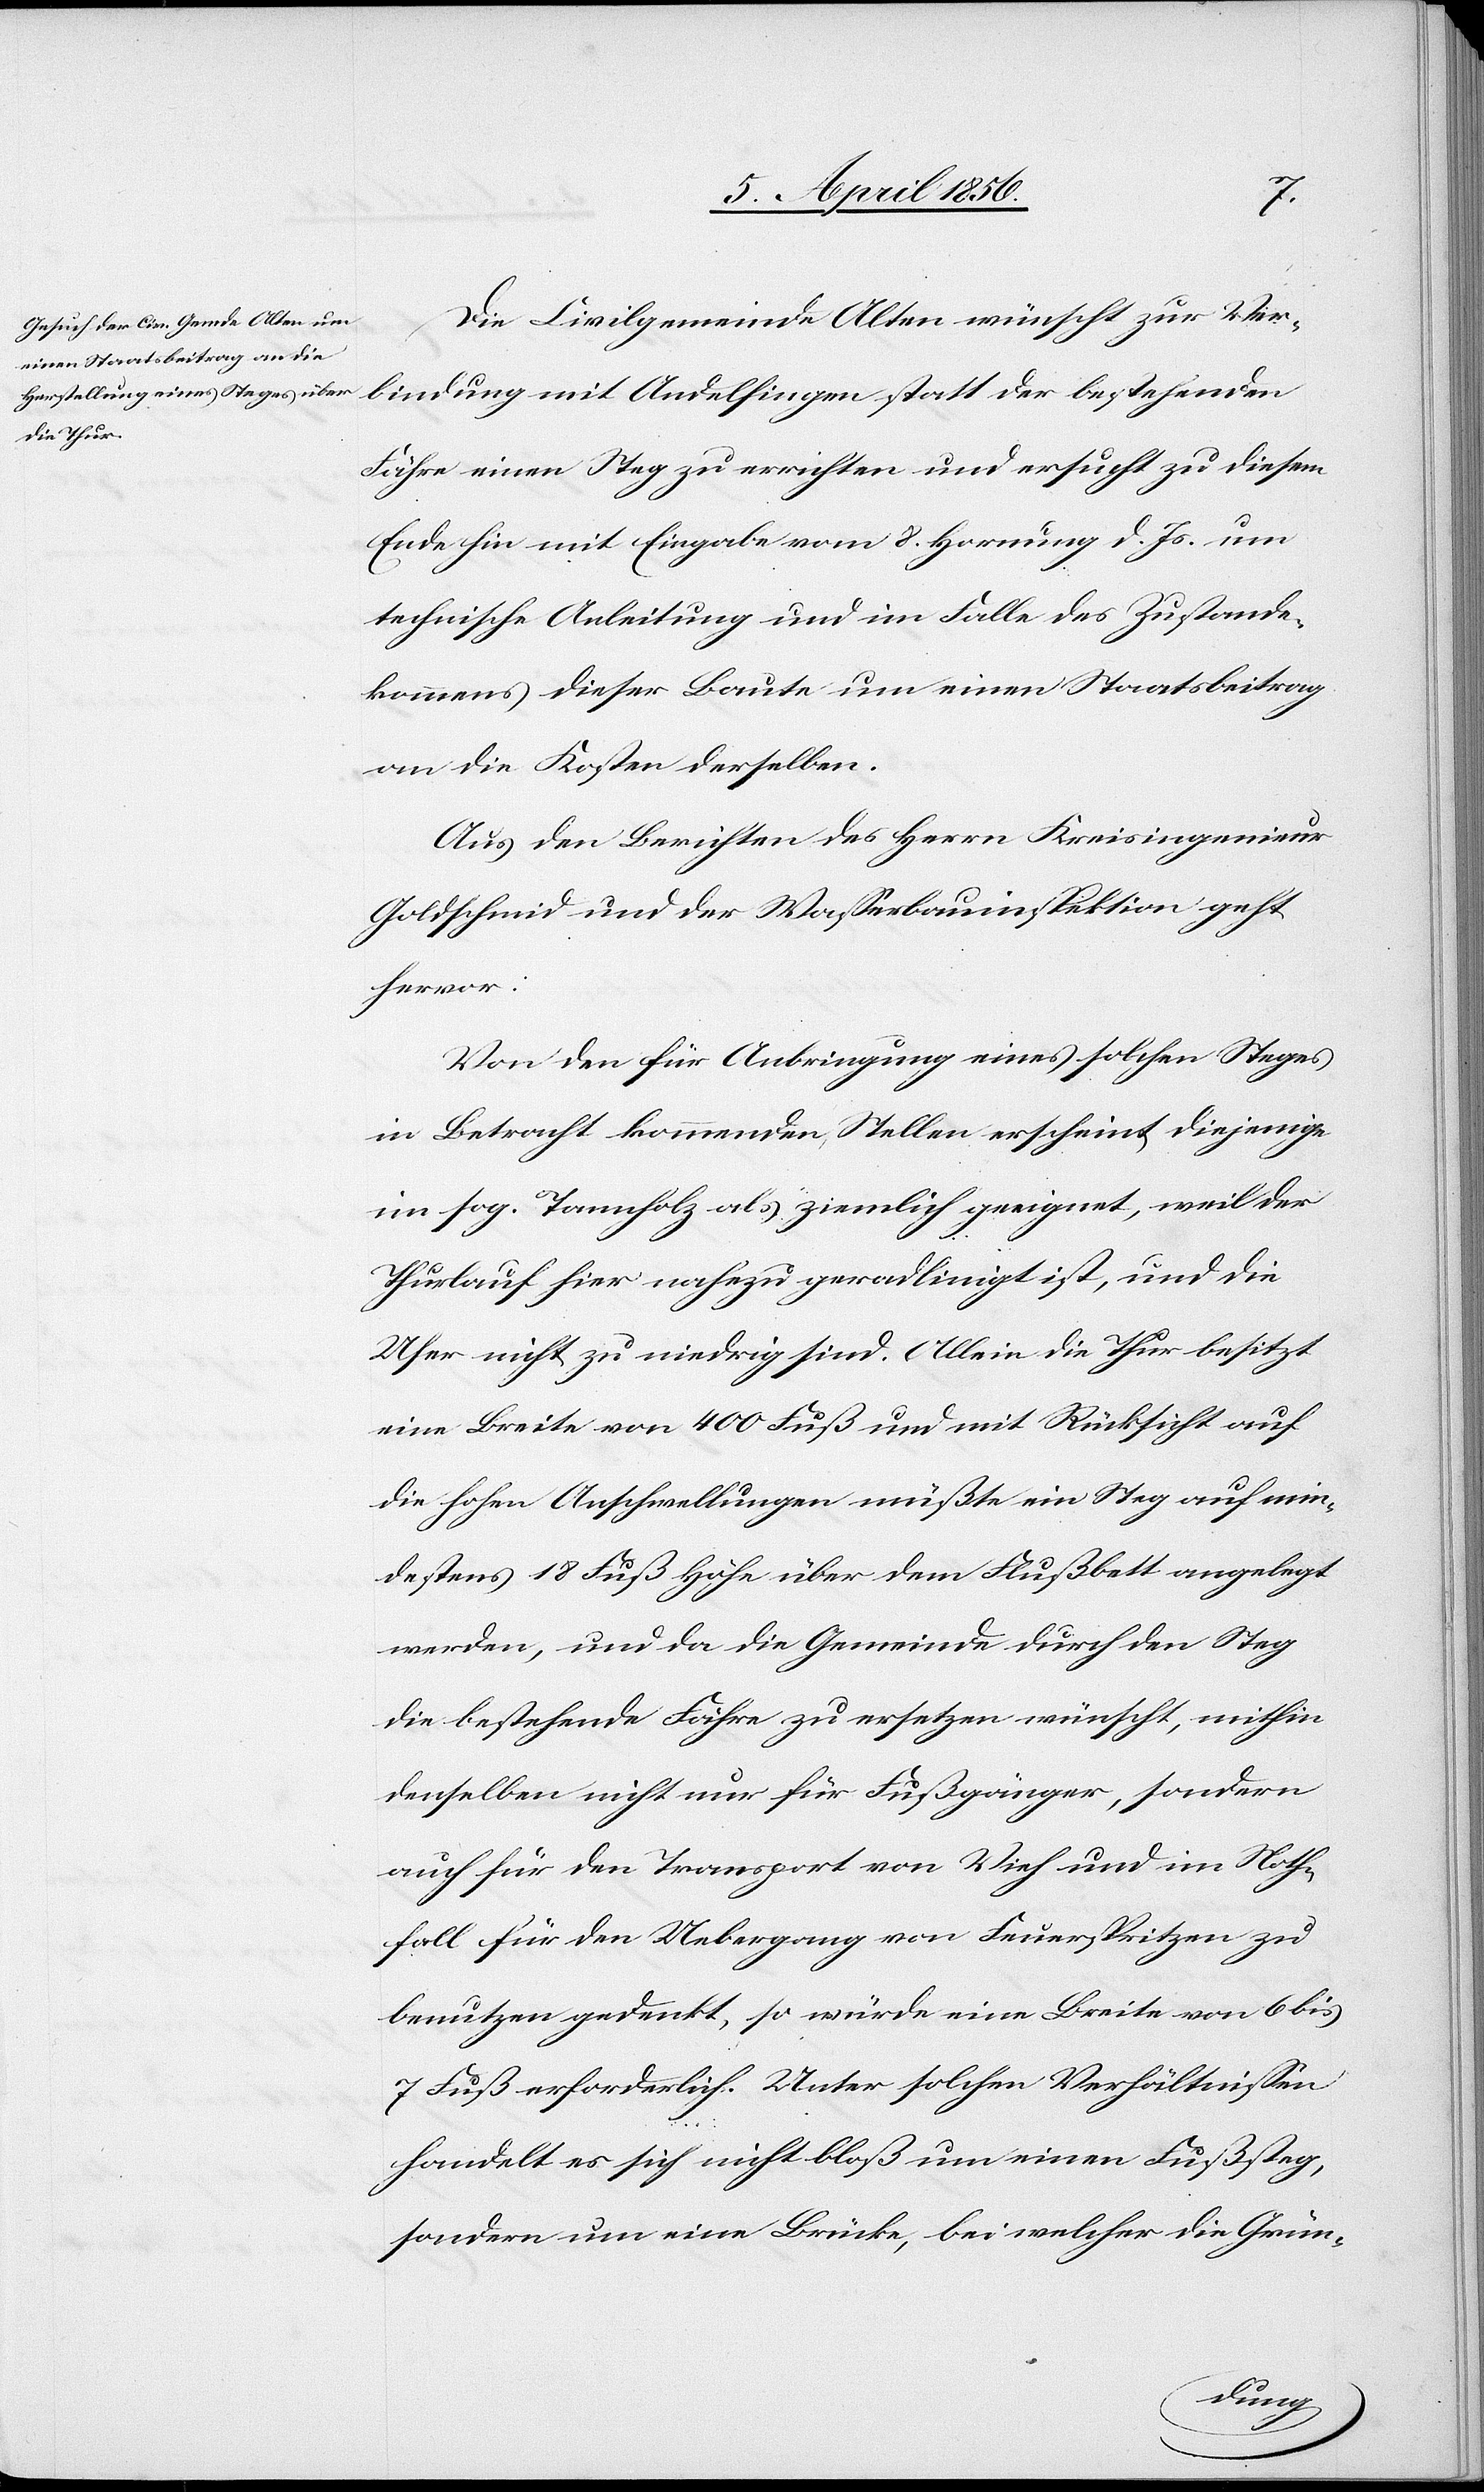
Die Civilgemeinde Alten wünscht zur Ver¬
bindung mit Andelfingen statt der bestehenden
Fähre einen Steg zu errichten und ersucht zu diesem
Ende hin mit Eingabe vom 8. Hornung d. Js. um
technische Anleitung und im Falle des Zustande¬
kommens dieser Baute um einen Staatsbeitrag
an die Kosten derselben.
Aus den Berichten des Herrn Kreisingenieur
Goldschmid und der Wasserbauinspektion geht
hervor:
Von den für Anbringung eines solchen Steges
in Betracht kommenden Stellen erscheint diejenige
im sog. Tannholz als ziemlich geeignet, weil der
Thurlauf hier nahezu geradlinigt ist, und die
Ufer nicht zu niedrig sind. Allein die Thur besitzt
eine Breite von 400 Fuß und mit Rücksicht auf
die hohen Anschwellungen müßte ein Steg auf min¬
destens 18 Fuß Höhe über dem Flußbett angelegt
werden, und da die Gemeinde durch den Steg
die bestehende Fähre zu ersetzen wünscht, mithin
denselben nicht nur für Fußgänger, sondern
auch für den Transport von Vieh und im Noth¬
fall für den Uebergang von Feuerspritzen zu
benutzen gedenkt, so würde eine Breite von 6 bis
7 Fuß erforderlich. Unter solchen Verhältnissen
handelt es sich nicht bloß um einen Fußsteg,
sondern um eine Brücke, bei welcher die Grün-